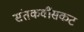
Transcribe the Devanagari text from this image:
संतकवींसकट